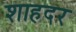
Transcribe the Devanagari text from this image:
शाहदर